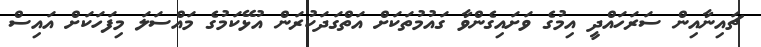
ޗައިނާއިން ސަރަހައްދީ އިމުގެ ވަށައިގެންވާ ގައުމުތަކަށް އަތްގަދަކުރަން އުޅޭކަމުގެ މައްސަލަ މިފަހަކަށް އައިސް